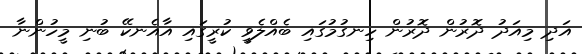
އަދި މިއަދު ދޮރުން ދޮރުން ހިނގުމުގައި ބެއްލެވީ ކުރީގައި އާއެނކޭ ބުނި މީހުންނާ